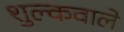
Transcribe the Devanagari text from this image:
शुल्कवाले